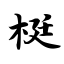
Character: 梃